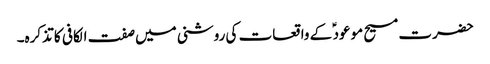
حضرت مسیح موعود ؑ کے واقعات کی روشنی میں صفت الکافی کا تذکرہ۔